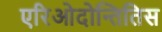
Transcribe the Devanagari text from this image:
एरिओदोन्तितिस